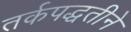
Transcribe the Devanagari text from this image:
तर्कपद्धतीने